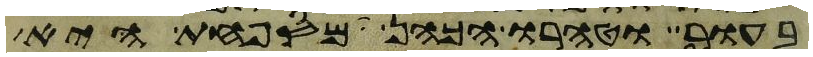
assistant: בעור וטהרו הכהן המספחת היא